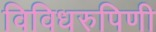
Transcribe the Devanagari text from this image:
विविधरुपिणी